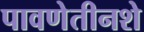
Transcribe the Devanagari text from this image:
पावणेतीनशे